65_HS1-834228961_62-HQ-83894_Section_2
Agency: FBI
Page 36
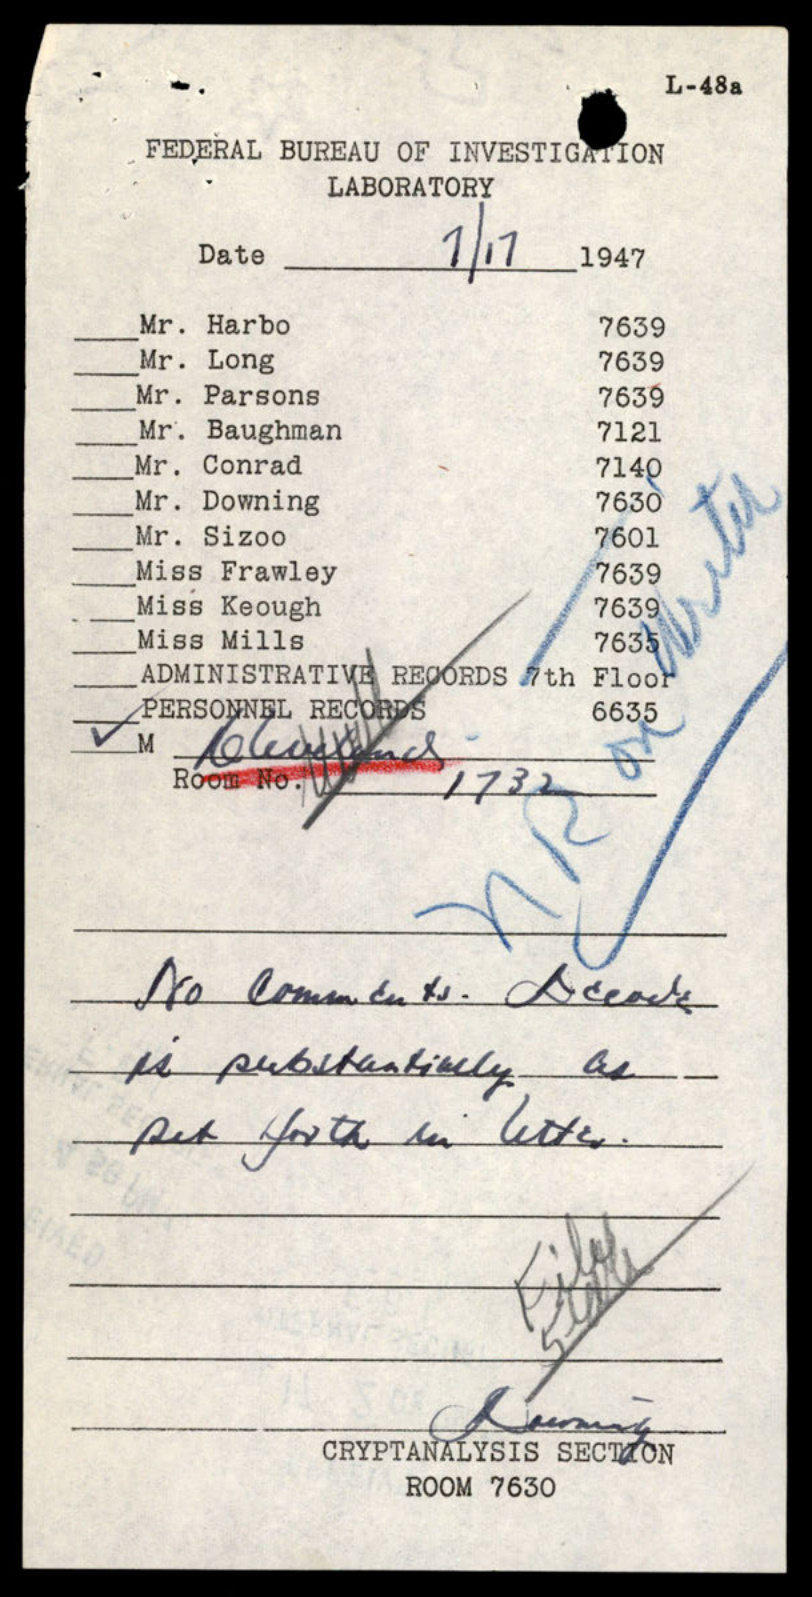